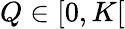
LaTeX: Q\in[0,K[